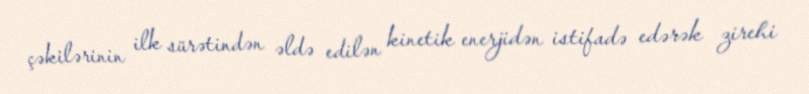
çəkilərinin ilk sürətindən əldə edilən kinetik enerjidən istifadə edərək zirehi